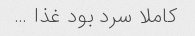
کاملا سرد بود غذا …